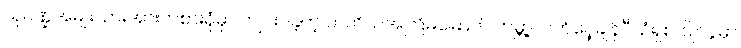
သုဝဏ္ဍအမျိုးသားအားကစားရုံမှာ ကျင်းပခဲ့တဲ့ တတိယအကြိမ်မြောက် ကမ္ဘာ့လက်ဝှေ့ချန်ပီယံရှစ် ပြိုင်ပွဲမှာ